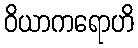
ဝိယာကရောဟိ